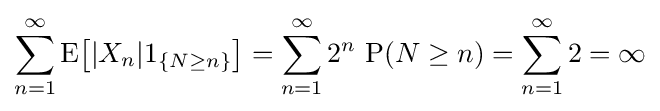
\sum _{n=1}^{\infty }\operatorname {E} \!{\bigl [}|X_{n}|1_{\{N\geq n\}}{\bigr ]}=\sum _{n=1}^{\infty }2^{n}\,\operatorname {P} (N\geq n)=\sum _{n=1}^{\infty }2=\infty